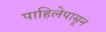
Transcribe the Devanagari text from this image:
पाहिलेपासून